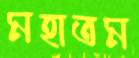
মহাতম